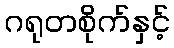
ဂရုတစိုက်နှင့်